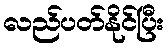
လည်ပတ်နိုင်ပြီး